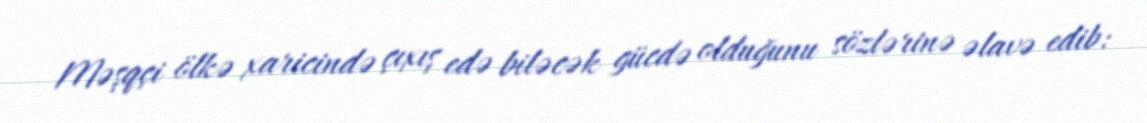
Məşqçi ölkə xaricində çıxış edə biləcək gücdə olduğunu sözlərinə əlavə edib: